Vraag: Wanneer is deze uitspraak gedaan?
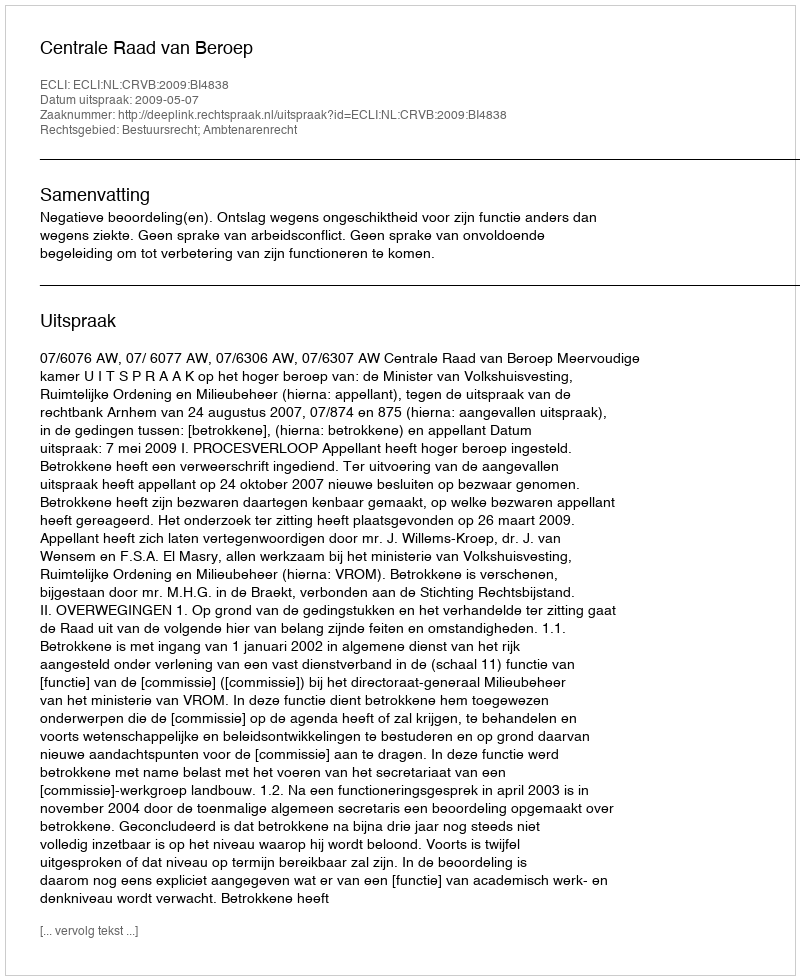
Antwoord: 2009-05-07